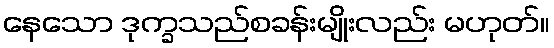
နေသော ဒုက္ခသည်စခန်းမျိုးလည်း မဟုတ်။